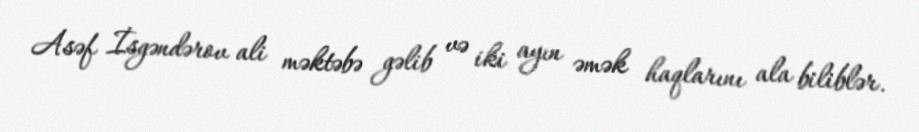
Asəf İsgəndərov ali məktəbə gəlib və iki ayın əmək haqlarını ala biliblər.